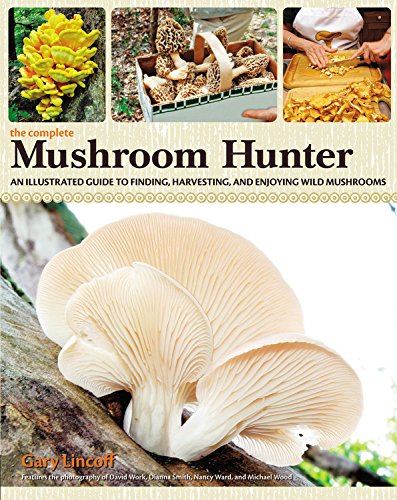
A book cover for The Complete Mushroom Hunter: An Illustrated Guide to Finding, Harvesting, and Enjoying Wild Mushrooms; Gary Lincoff; Cookbooks, Food & Wine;